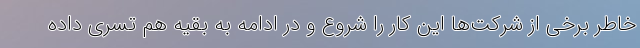
خاطر برخی از شرکت‌ها این کار را شروع و در ادامه به بقیه هم تسری داده